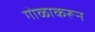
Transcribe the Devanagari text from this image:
गोळाकरून